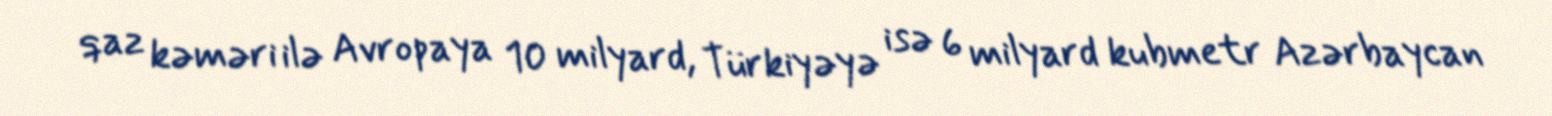
qaz kəməri ilə Avropaya 10 milyard, Türkiyəyə isə 6 milyard kubmetr Azərbaycan